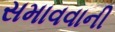
સમાવવાની